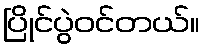
ပြိုင်ပွဲဝင်တယ်။